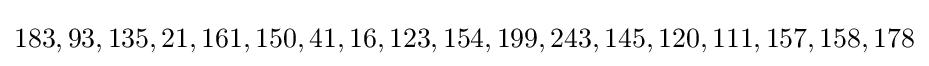
183,93,135,21,161,150,41,16,123,154,199,243,145,120,111,157,158,178